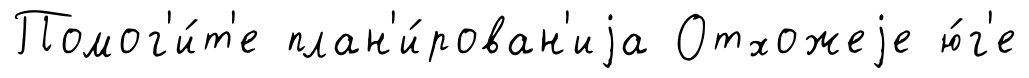
Помог'и́т'е план'и́рован'иjа Отхожеjе ю́г'е